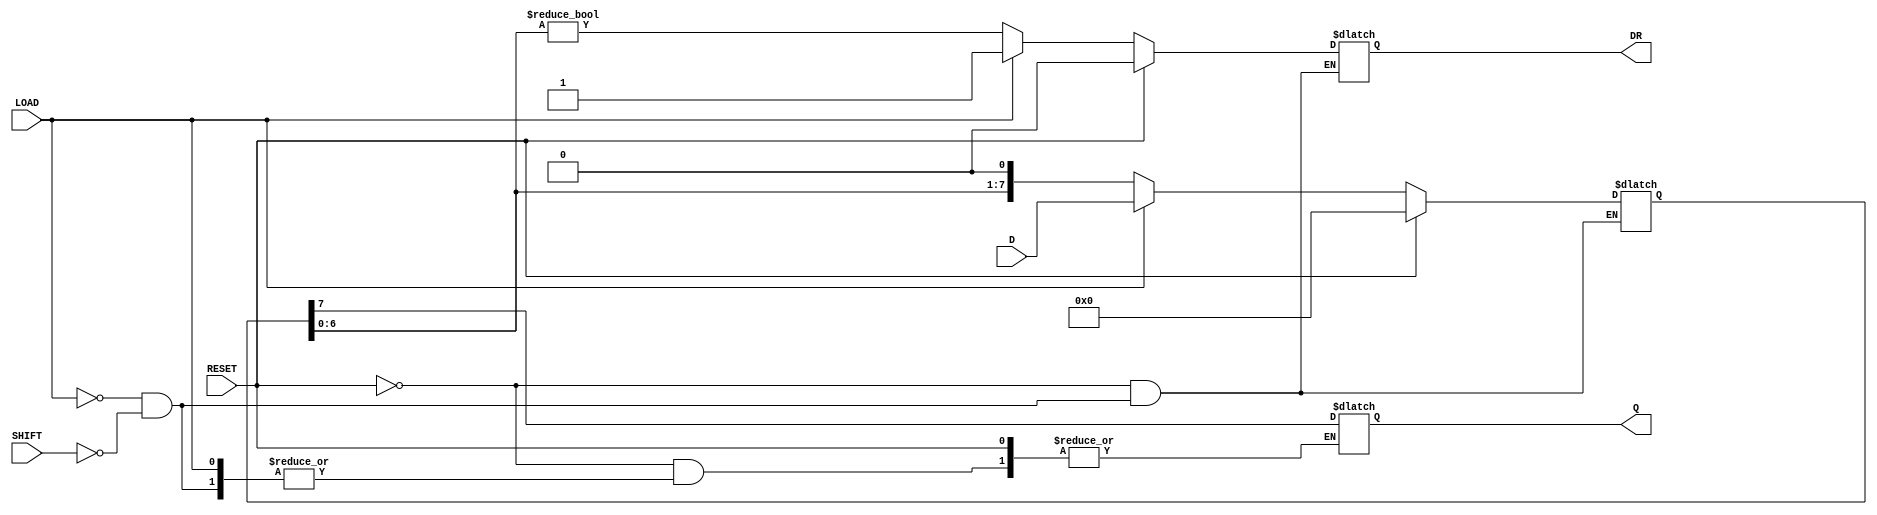
module asynchronous_piso_register #(
    parameter WIDTH = 8  // Parameter for the width of the data input
) (
    input  wire [WIDTH-1:0] D,       // Parallel data input
    input  wire LOAD,                  // Load control signal
    input  wire SHIFT,                 // Shift control signal
    input  wire RESET,                 // Asynchronous reset signal
    output reg  Q,                     // Serial output
    output reg  DR                     // Data Ready output signal
);
    
    // Internal storage for the register
    reg [WIDTH-1:0] shift_reg;

    // Asynchronous reset and load functionality
    always @(*) begin
        if (RESET) begin
            shift_reg <= {WIDTH{1'b0}}; // Clear the shift register
            DR <= 1'b0;                 // Clear Data Ready
        end 
        else begin
            if (LOAD) begin
                shift_reg <= D;          // Load the input data into the shift register
                DR <= 1'b1;              // Indicate that data is ready
            end 
            else if (SHIFT) begin
                Q <= shift_reg[WIDTH-1];  // Shift out the MSB
                shift_reg <= {shift_reg[WIDTH-2:0], 1'b0}; // Shift left
                DR <= (shift_reg[WIDTH-2:0] != {WIDTH-1{1'b0}}); // Tell if data is still left to shift
            end
        end
    end

endmodule